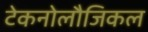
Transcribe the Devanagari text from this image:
टेकनोलौजिकल